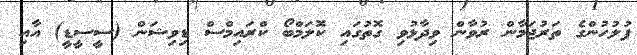
ފުލުހުންގެ ތަރުޖަމާން ރުވާން ވިދާޅުވި ގޮތުގައި ކޮލަމްބޯ ކްރައިމްސް ޑިވިޝަން (ސީސީޑީ) އާއި